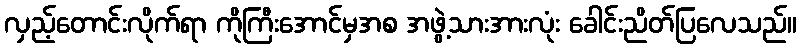
လှည့်တောင်းလိုက်ရာ ကိုကြီးအောင်မှအစ အဖွဲ့သားအားလုံး ခေါင်းညိတ်ပြလေသည်။